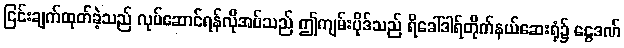
ငြင်းချက်ထုတ်ခဲ့သည် လုပ်ဆောင်ရန်လိုအပ်သည် ဤကျမ်းပိုဒ်သည် ရိခေါ်ဒါရ်တိုက်နယ်ဆေးရုံ၌ ငွေဒဏ်